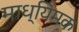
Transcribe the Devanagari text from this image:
माध्यिमक